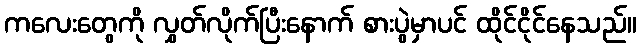
ကလေးတွေကို လွှတ်လိုက်ပြီးနောက် စားပွဲမှာပင် ထိုင်ငိုင်နေသည်။